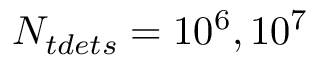
N _ { t d e t s } = 1 0 ^ { 6 } , 1 0 ^ { 7 }